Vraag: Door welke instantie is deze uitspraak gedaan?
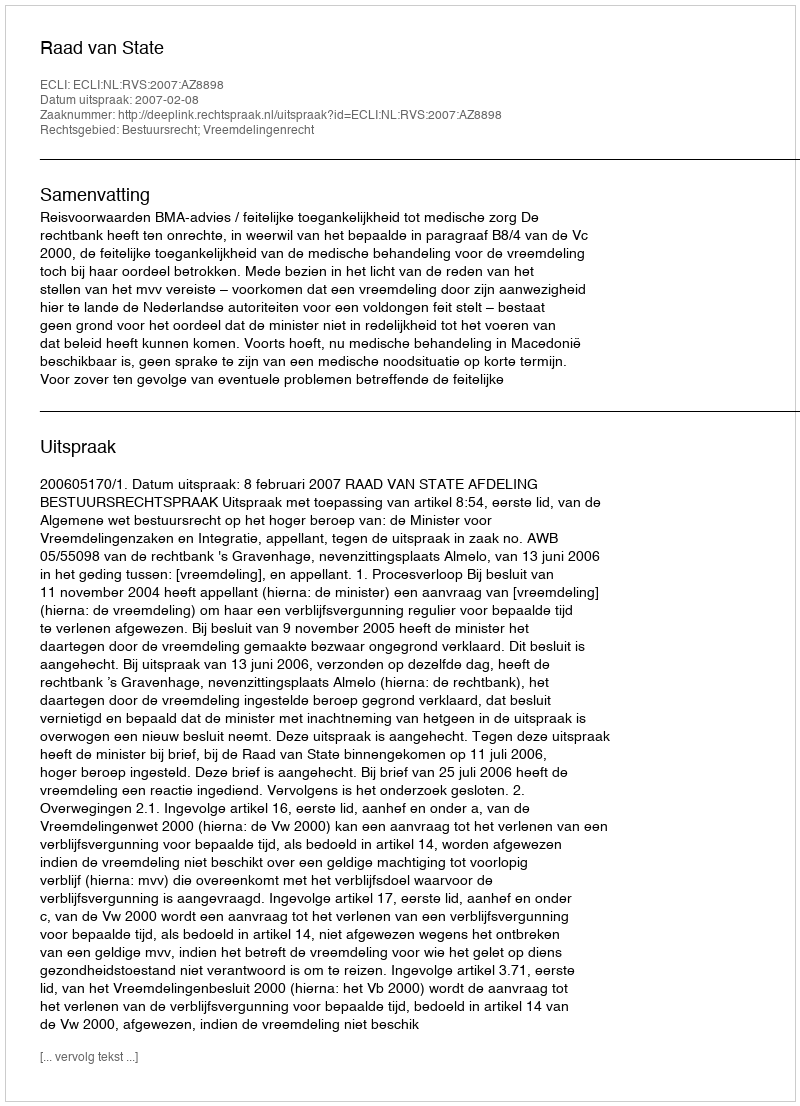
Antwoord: Raad van State